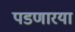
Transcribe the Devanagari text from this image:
पडणारया